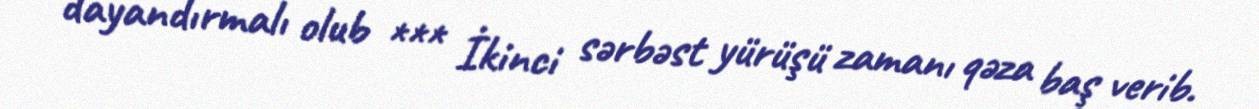
dayandırmalı olub *** İkinci sərbəst yürüşü zamanı qəza baş verib.